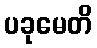
ပခုမေတိ